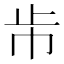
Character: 𣥈